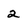
Character: 2